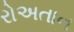
રોઅતાન